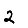
Digit: 2